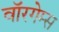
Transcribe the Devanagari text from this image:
वॉरगेम्स